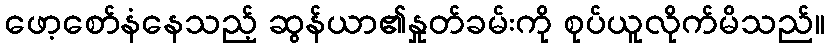
ဖော့စော်နံနေသည့် ဆွန်ယာ၏နှုတ်ခမ်းကို စုပ်ယူလိုက်မိသည်။